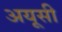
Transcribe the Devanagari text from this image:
अयूसी